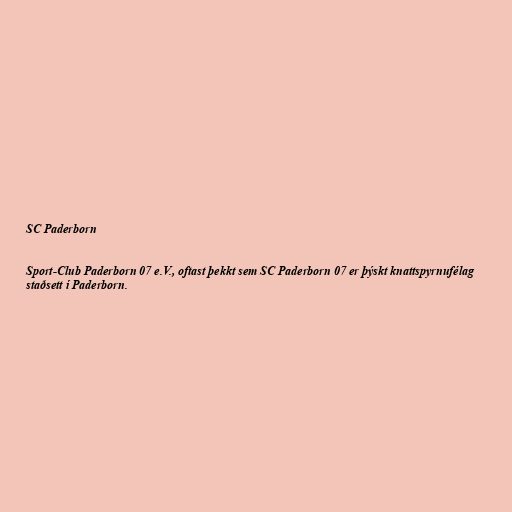
SC Paderborn

Sport-Club Paderborn 07 e.V., oftast þekkt sem SC Paderborn 07 er þýskt knattspyrnufélag
staðsett í Paderborn.